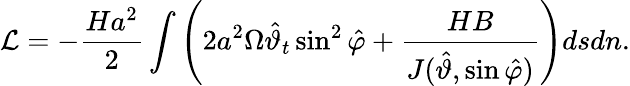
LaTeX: \mathcal{L}=-\frac{Ha^{2}}{2}\int\left(2a^{2}\Omega\hat{\vartheta}_{t}\sin^{2}\hat{\varphi}+\frac{HB}{J(\hat{\vartheta},\sin\hat{\varphi})}\right)dsdn.